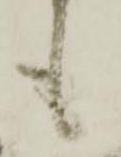
も